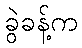
ခွဲခန့်က